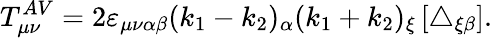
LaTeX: T_{\mu\nu}^{AV}=2\varepsilon_{\mu\nu\alpha\beta}(k_{1}-k_{2})_{\alpha}(k_{1}+k_{2})_{\xi}\left[\triangle_{\xi\beta}\right].